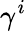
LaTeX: \gamma^{i}